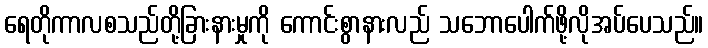
ရေတိုကာလစသည်တို့ခြားနားမှုကို ကောင်းစွာနားလည် သဘောပေါက်ဖို့လိုအပ်ပေသည်။